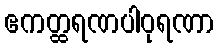
ဧကတ္ထရဏပါဝုရဏာ